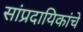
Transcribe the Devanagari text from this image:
सांप्रदायिकांचे